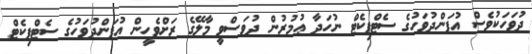
ދުުވަހަކުވެސް އުފަންދުވަހުގެ ސެޓްފިކެޓް ނުހަދާ ޢުމުރުން ދުވަސްވީ މާލޭގެ ރަށްވެހީން އުފަންދުވަހުގެ ސެޓްފިކެޓް